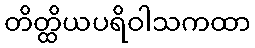
တိတ္ထိယပရိဝါသကထာ